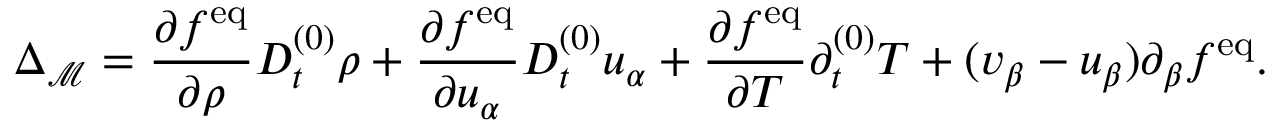
\Delta _ { \mathcal { M } } = \frac { \partial f ^ { \mathrm { e q } } } { \partial \rho } D _ { t } ^ { ( 0 ) } \rho + \frac { \partial f ^ { \mathrm { e q } } } { \partial u _ { \alpha } } D _ { t } ^ { ( 0 ) } u _ { \alpha } + \frac { \partial f ^ { \mathrm { e q } } } { \partial T } \partial _ { t } ^ { ( 0 ) } T + ( v _ { \beta } - u _ { \beta } ) \partial _ { \beta } f ^ { \mathrm { e q } } .